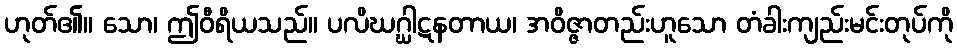
ဟုတ်၏။ သော၊ ဤဝီရိယသည်။ ပလိဃဂ္ဃါဋနတာယ၊ အဝိဇ္ဇာတည်းဟူသော တံခါးကျည်းမင်းတုပ်ကို